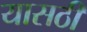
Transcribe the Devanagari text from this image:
यासठी